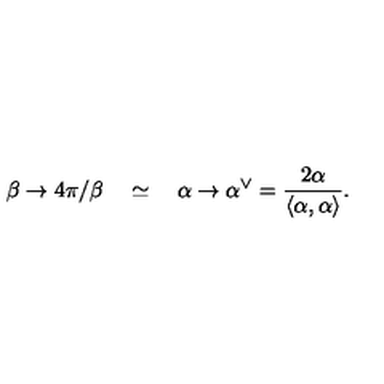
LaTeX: \beta \rightarrow 4 \pi / \beta \quad \simeq \quad \alpha \rightarrow \alpha ^ { \vee } = \frac { 2 \alpha } { \left\langle \alpha , \alpha \right\rangle } .